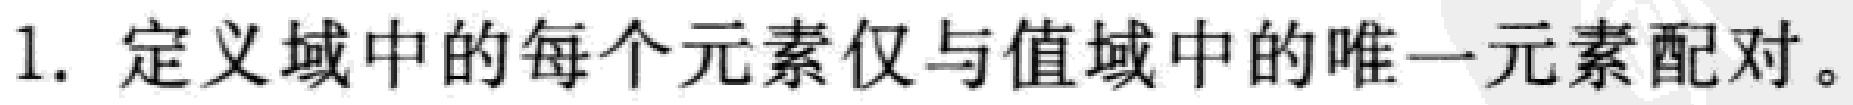
1. 定义域中的每个元素仅与值域中的唯一元素配对。